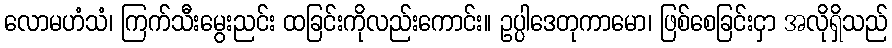
လောမဟံသံ၊ ကြက်သီးမွေးညင်း ထခြင်းကိုလည်းကောင်း။ ဥပ္ပါဒေတုကာမော၊ ဖြစ်စေခြင်းငှာ အလိုရှိသည်